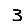
Digit: 3